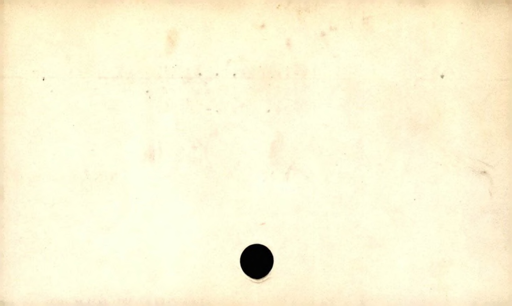
Label: blank